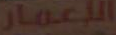
العمار